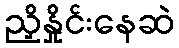
ညှိနှိုင်းနေဆဲ